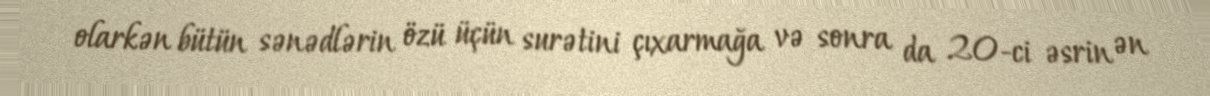
olarkən bütün sənədlərin özü üçün surətini çıxarmağa və sonra da 20-ci əsrin ən